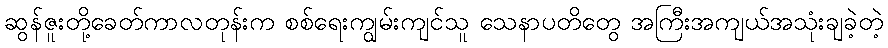
ဆွန်ဇူးတို့ခေတ်ကာလတုန်းက စစ်ရေးကျွမ်းကျင်သူ သေနာပတိတွေ အကြီးအကျယ်အသုံးချခဲ့တဲ့